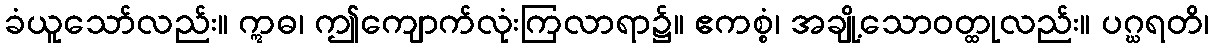
ခံယူသော်လည်း။ ဣဓ၊ ဤကျောက်လုံးကြလာရာ၌။ ဧကစ္စံ၊ အချို့သောဝတ္ထုလည်း။ ပဂ္ဃရတိ၊